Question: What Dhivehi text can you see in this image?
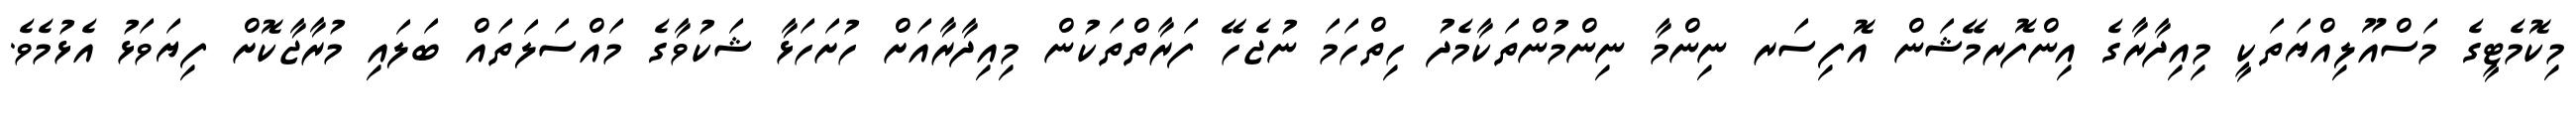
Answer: މިކޮމެޓީގެ މަސްއޫލިއްޔަތަކީ މިއިދާރާގެ އިންފޮރމޭޝަން އޮފިސަރ ނިންމާ ނިންމުންތަކާމެދު ހިތްހަމަ ނުޖެހޭ ފަރާތްތަކުން މިއިދާރާއަށް ހުށަހަޅާ ޝަކުވާގެ މައްސަލަތައް ބަލައި މުރާޖާކޮށް ފިޔަވަޅު އެޅުމެވެ.